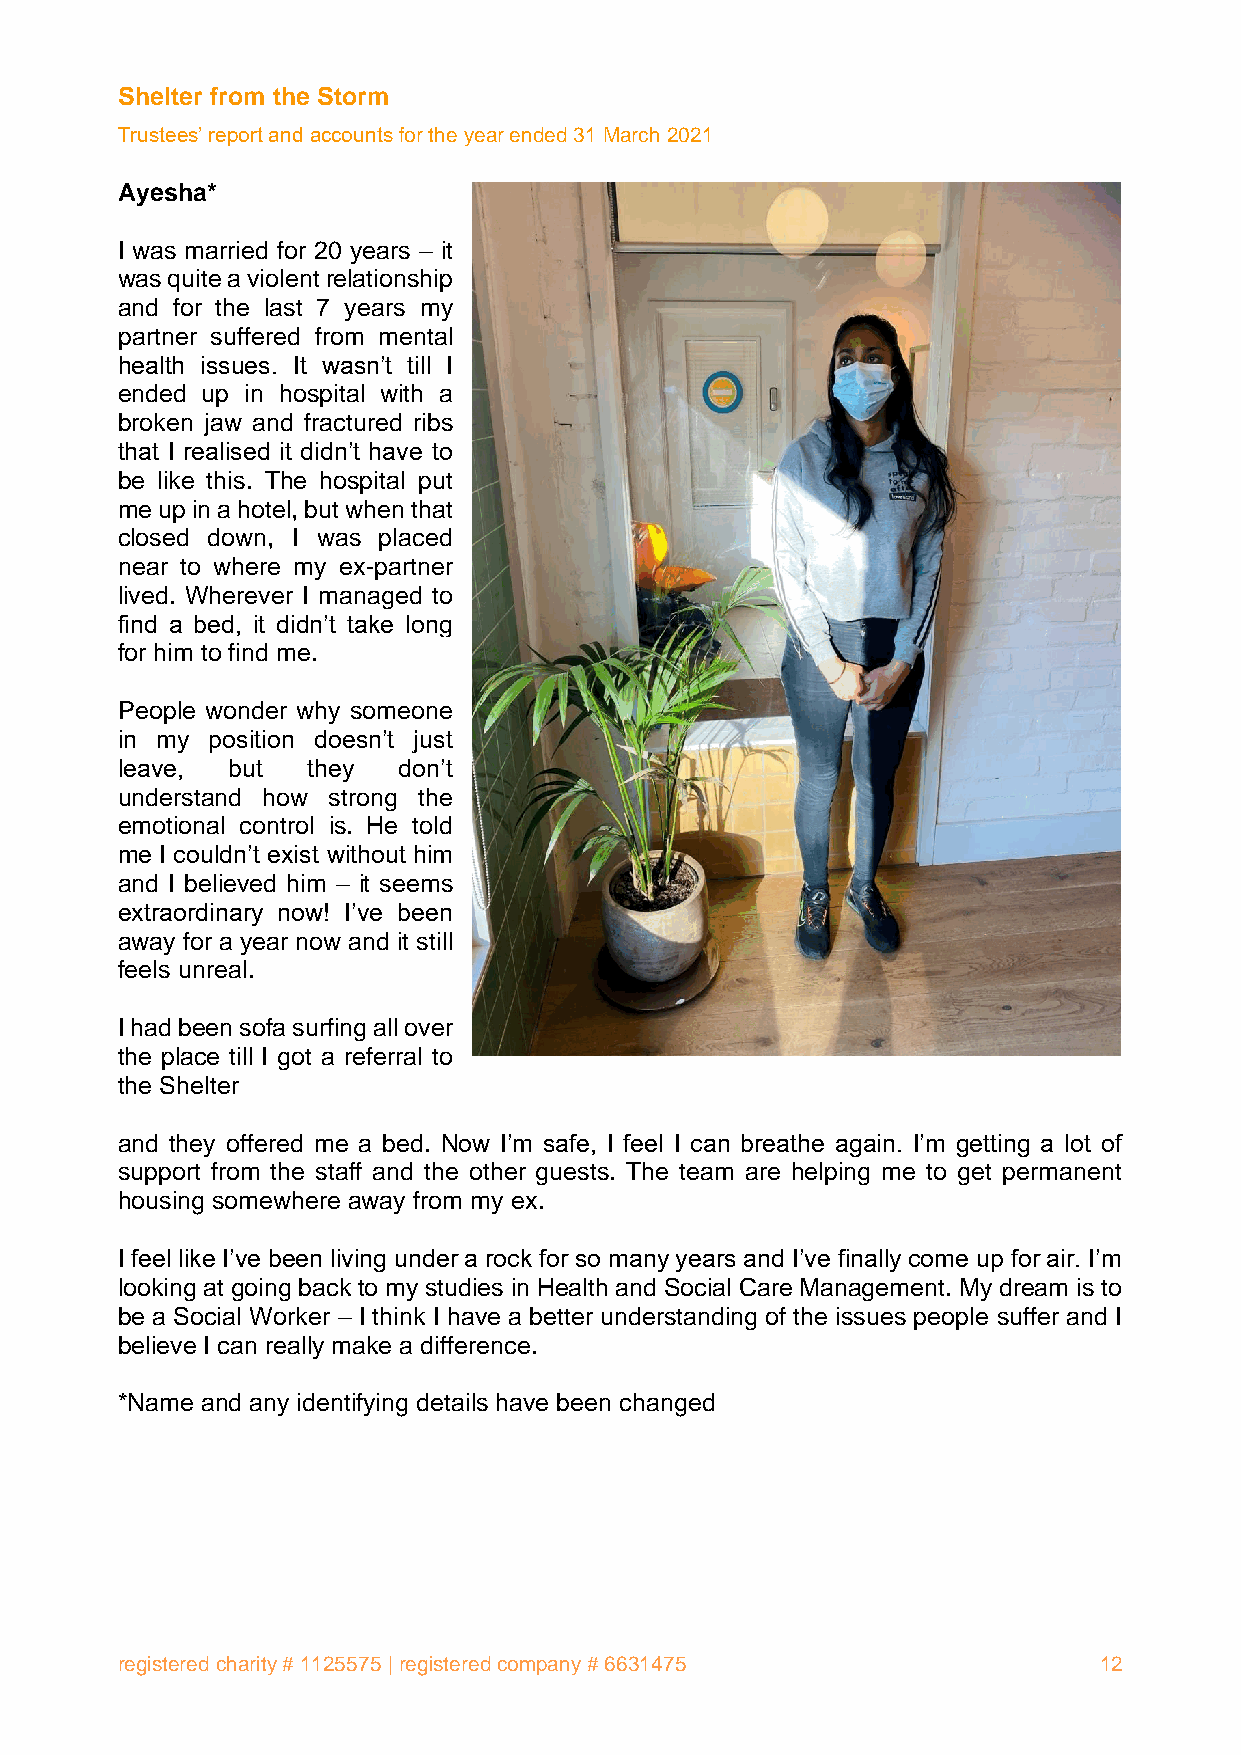
Shelter from the Storm
 Trustees’ report and accounts for the year ended 31 March 2021
 Ayesha*
 I was married for 20 years – it
 was quite a violent relationship
 and for the last 7 years my
 partner suffered from mental
 health issues. It wasn’t till I
 ended up in hospital with a
 broken jaw and fractured ribs
 that I realised it didn’t have to
 be like this. The hospital put
 me up in a hotel, but when that
 closed down, I was placed
 near to where my ex-partner
 lived. Wherever I managed to
 find a bed, it didn’t take long
 for him to find me.
 People wonder why someone
 in my position doesn’t just
 leave, but  they  don’t
 understand how strong the
 emotional control is. He told
 me I couldn’t exist without him
 and I believed him – it seems
 extraordinary now! I’ve been
 away for a year now and it still
 feels unreal.
 I had been sofa surfing all over
 the place till I got a referral to
 the Shelter
 and they offered me a bed. Now I’m safe, I feel I can breathe again. I’m getting a lot of
 support from the staff and the other guests. The team are helping me to get permanent
 housing somewhere away from my ex.
 I feel like I’ve been living under a rock for so many years and I’ve finally come up for air. I’m
 looking at going back to my studies in Health and Social Care Management. My dream is to
 be a Social Worker – I think I have a better understanding of the issues people suffer and I
 believe I can really make a difference.
 *Name and any identifying details have been changed
 registered charity # 1125575 | registered company # 6631475      12